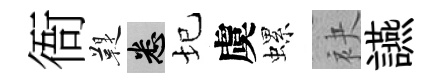
衙鞮悉圮虞螺袂讌